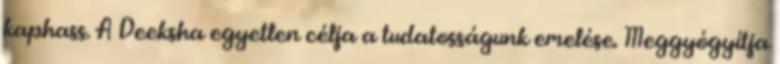
kaphass. A Deeksha egyetlen célja a tudatosságunk emelése. Meggyógyítja